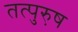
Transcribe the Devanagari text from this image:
तत्पुरु़ष